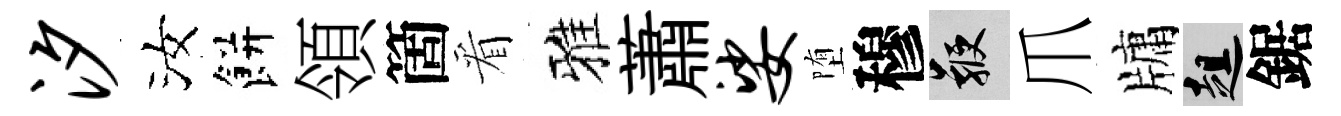
汐汝餅領箇看雅蕭娑堕穆鞭爪牗趄鋸